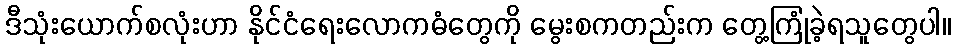
ဒီသုံးယောက်စလုံးဟာ နိုင်ငံရေးလောကဓံတွေကို မွေးစကတည်းက တွေ့ကြုံခဲ့ရသူတွေပါ။